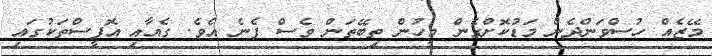
މޭޒެއް ހުސްވަންދެން މަޑުކޮށްގެން މީހުން ތިބޭތަން ވެސް ފެނެ އެވެ. ގެއާއި އޮފީސްތަކުގައި